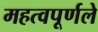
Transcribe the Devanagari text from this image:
महत्वपूर्णले